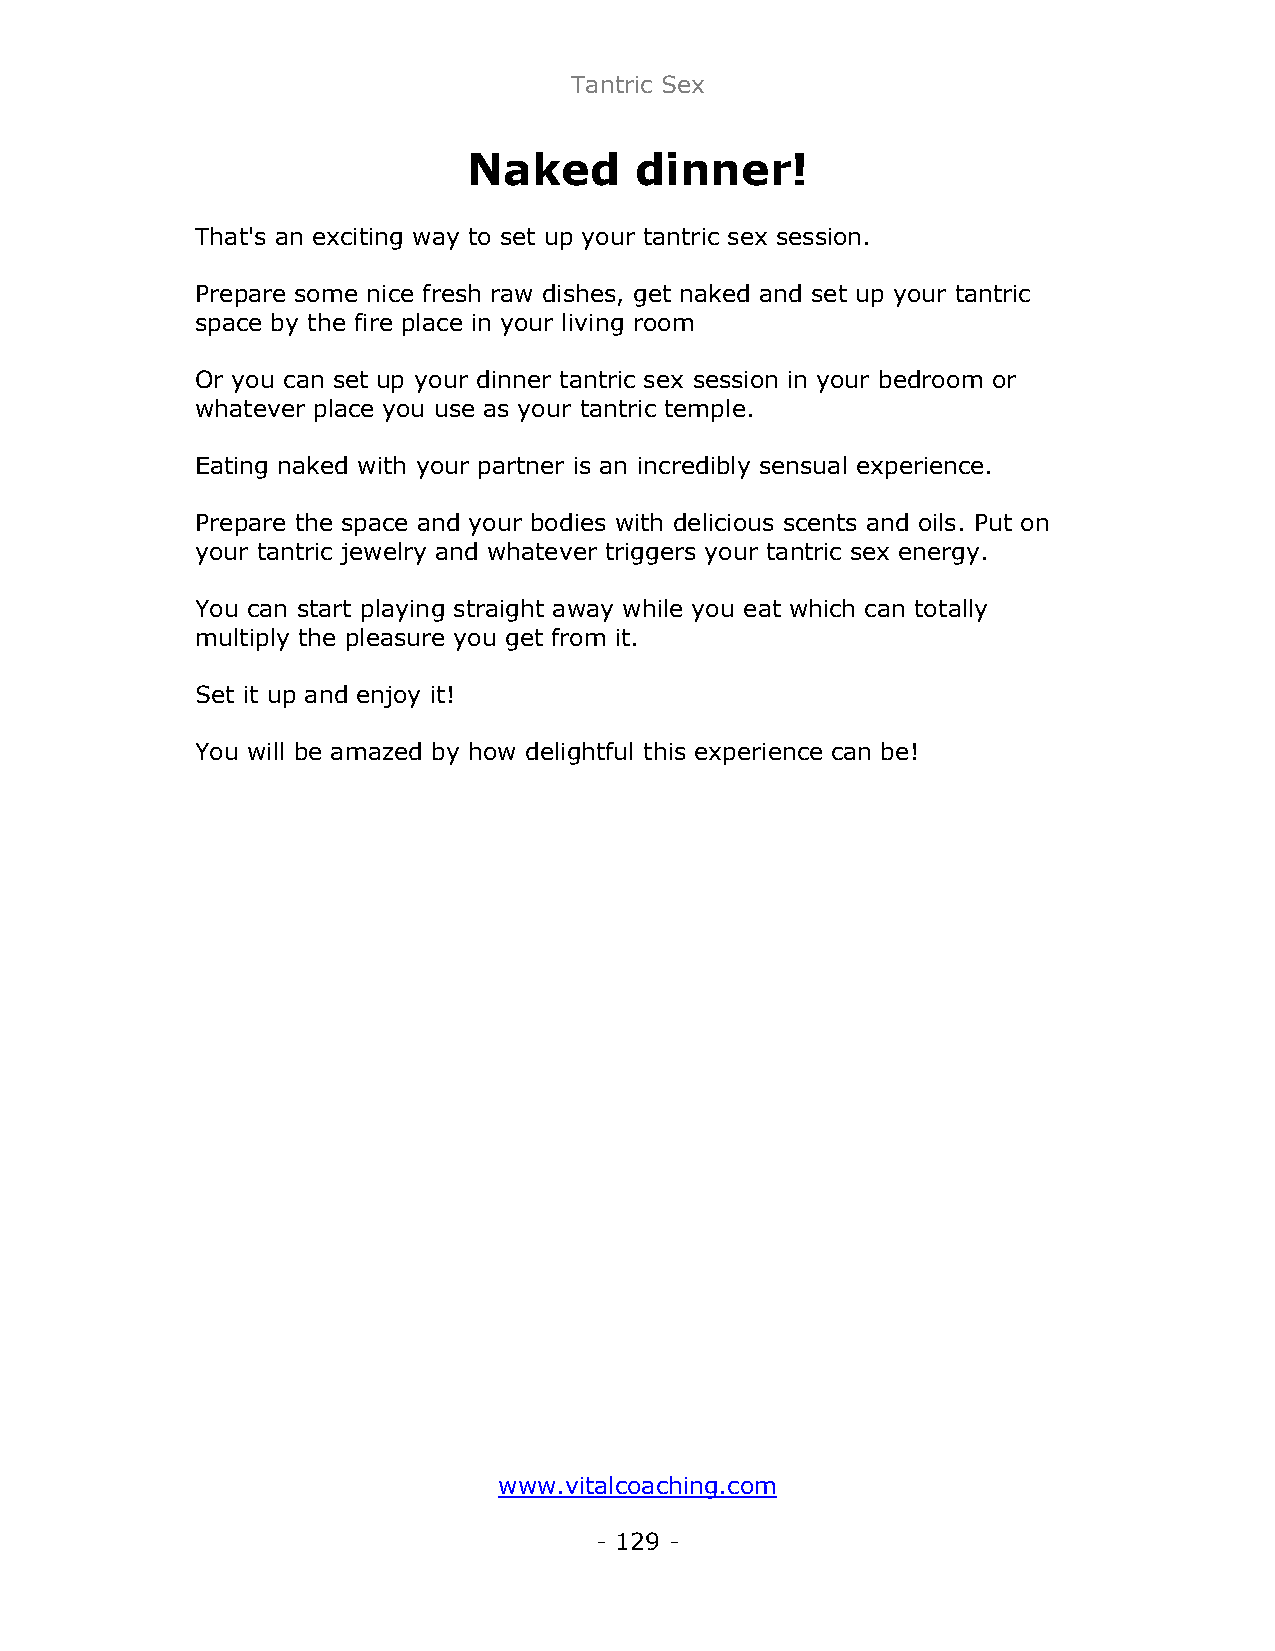
Tantric Sex
 Naked      dinner!
 That's an exciting way to set up your tantric sex session.
 Prepare some nice fresh raw dishes, get naked and set up your tantric
 space by the fire place in your living room
 Or you can set up your dinner tantric sex session in your bedroom or
 whatever place you use as your tantric temple.
 Eating naked with your partner is an incredibly sensual experience.
 Prepare the space and your bodies with delicious scents and oils. Put on
 your tantric jewelry and whatever triggers your tantric sex energy.
 You can start playing straight away while you eat which can totally
 multiply the pleasure you get from it.
 Set it up and enjoy it!
 You will be amazed by how delightful this experience can be!
 www.vitalcoaching.com
 - 129 -